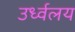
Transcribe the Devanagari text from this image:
उर्ध्वलय